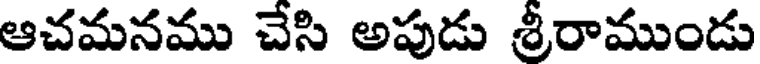
ఆచమనము చేసి అపుడు శ్రీరాముండు